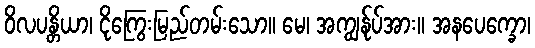
ဝိလပန္တိယာ၊ ငိုကြွေးမြည်တမ်းသော။ မေ၊ အကျွန်ုပ်အား။ အနပေက္ခော၊